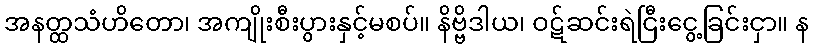
အနတ္ထသံဟိတော၊ အကျိုးစီးပွားနှင့်မစပ်။ နိဗ္ဗိဒါယ၊ ဝဋ်ဆင်းရဲငြီးငွေ့ခြင်းငှာ။ န